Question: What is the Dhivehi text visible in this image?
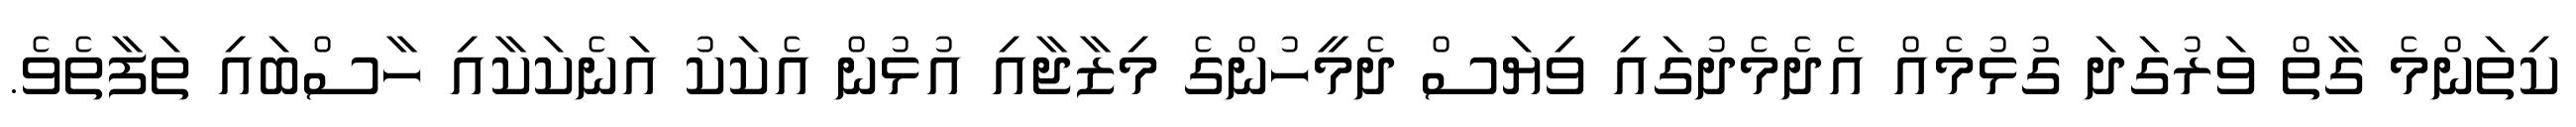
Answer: ކިތަންމެ ގާތް ވަރުގަދަ ގުޅުމެއް އެދެމެދުގައި ވިޔަސް ދެމީހުންގެ މިޒާޖާއި އުޅުން އެކަކު އަނެކަކާއި ހާސްބައި ތަފާތެވެ.